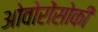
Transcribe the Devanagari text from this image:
ओवोरोंसोकी